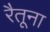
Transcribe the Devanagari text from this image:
रैतूना